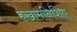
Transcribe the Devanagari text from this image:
हखामनिशिए